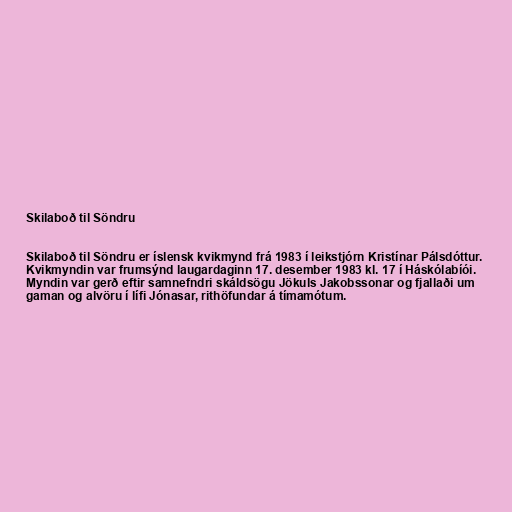
Skilaboð til Söndru

Skilaboð til Söndru er íslensk kvikmynd frá 1983 í leikstjórn Kristínar Pálsdóttur.
Kvikmyndin var frumsýnd laugardaginn 17. desember 1983 kl. 17 í Háskólabíói.
Myndin var gerð eftir samnefndri skáldsögu Jökuls Jakobssonar og fjallaði um
gaman og alvöru í lífi Jónasar, rithöfundar á tímamótum.